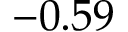
- 0 . 5 9